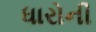
ધારોની